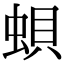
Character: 蛽